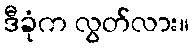
ဒီခုံက လွတ်လား။